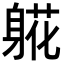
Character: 𬧧